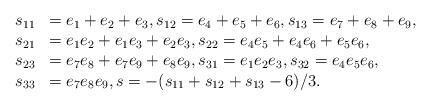
LaTeX: \begin{align*}\begin{array}{rl} s_{11}&=e_1+e_2+e_3,s_{12}=e_4+e_5+e_6,s_{13}=e_7+e_8+e_9,\\s_{21}&=e_1e_2+e_1e_3+e_2e_3,s_{22}=e_4e_5+e_4e_6+e_5e_6,\\ s_{23}&=e_7e_8+e_7e_9+e_8e_9,s_{31}=e_1e_2e_3,s_{32}=e_4e_5e_6,\\ s_{33}& = e_7e_8e_9,s=-(s_{11}+s_{12}+s_{13}-6)/3.\end{array}\end{align*}